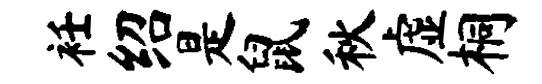
衽绍是鼠秋虚桐